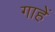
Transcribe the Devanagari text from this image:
गाहें